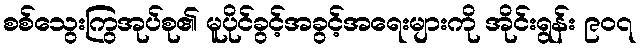
စစ်သွေးကြွအုပ်စု၏ မူပိုင်ခွင့်အခွင့်အရေးများကို အိုင်းရွန်း ၉၀၇